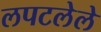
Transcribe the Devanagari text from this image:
लपटलेले